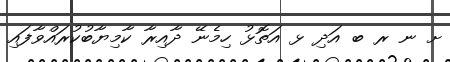
ށ ނ ރ ބ އަދި ޅ އަތޮޅު ހިމެނޭ ދާއިރާ ކާމިޔާބުކުރައްވާފައި